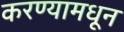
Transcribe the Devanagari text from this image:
करण्यामधून